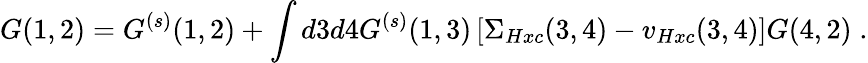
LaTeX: G(1,2)=G^{(s)}(1,2)+\int d3d4G^{(s)}(1,3)\left[\Sigma_{Hxc}(3,4)-v_{Hxc}(3,4)\right]G(4,2)\; .